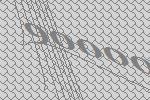
90000